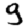
Digit: 9